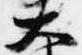
大